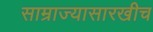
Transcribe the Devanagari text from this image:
साम्राज्यासारखीच